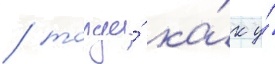
/ тогда́ ка́к у́